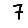
Digit: 7